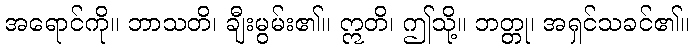
အရောင်ကို။ ဘာသတိ၊ ချီးမွမ်း၏။ ဣတိ၊ ဤသို့။ ဘတ္တု၊ အရှင်သခင်၏။